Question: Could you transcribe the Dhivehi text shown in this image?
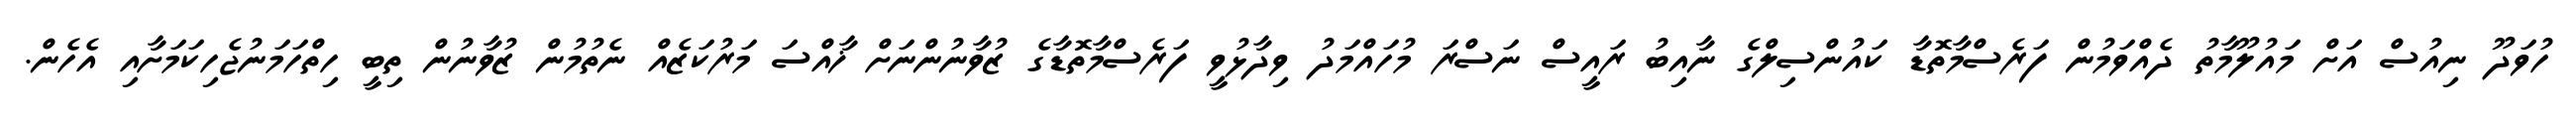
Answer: ހުވަދޫ ނިއުސް އަށް މައުލޫމާތު ދެއްވަމުން ފަރެސްމާތޮޑާ ކައުންސިލްގެ ނާއިބު ރައީސް ނަސްރަ މުހައްމަދު ވިދާޅުވީ ފަރެސްމާތޮޑާގެ ޒުވާނުންނަށް ޚާއްސަ މަރުކަޒެއް ނެތުމުން ޒުވާނުން ތިބީ ހިތްހަމަނުޖެހިކަމަށާއި އެހެން.